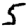
Digit: 5